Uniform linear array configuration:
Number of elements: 32
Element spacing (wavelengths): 0.5
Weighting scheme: cosine
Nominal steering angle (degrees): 60
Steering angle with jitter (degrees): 60.856
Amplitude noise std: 0.05
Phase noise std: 0.05

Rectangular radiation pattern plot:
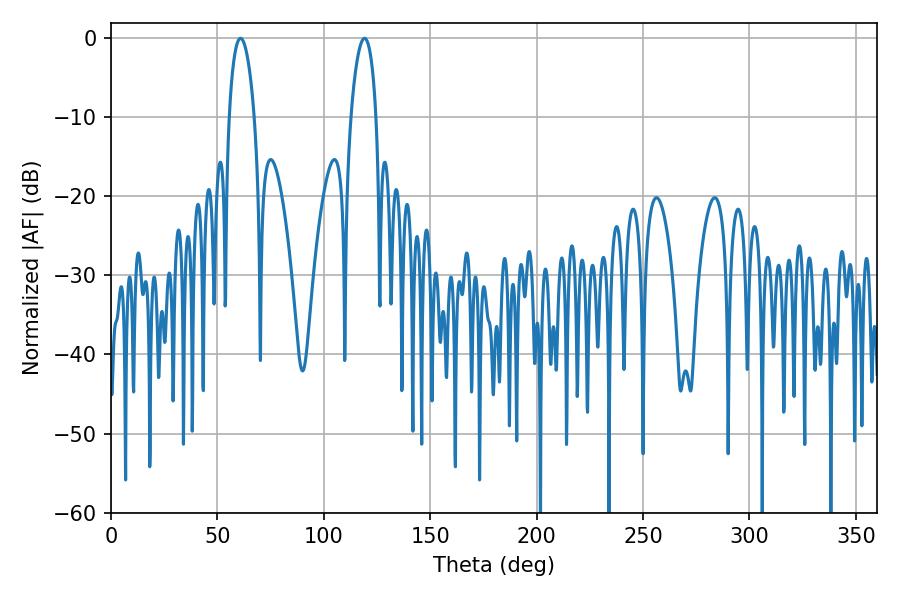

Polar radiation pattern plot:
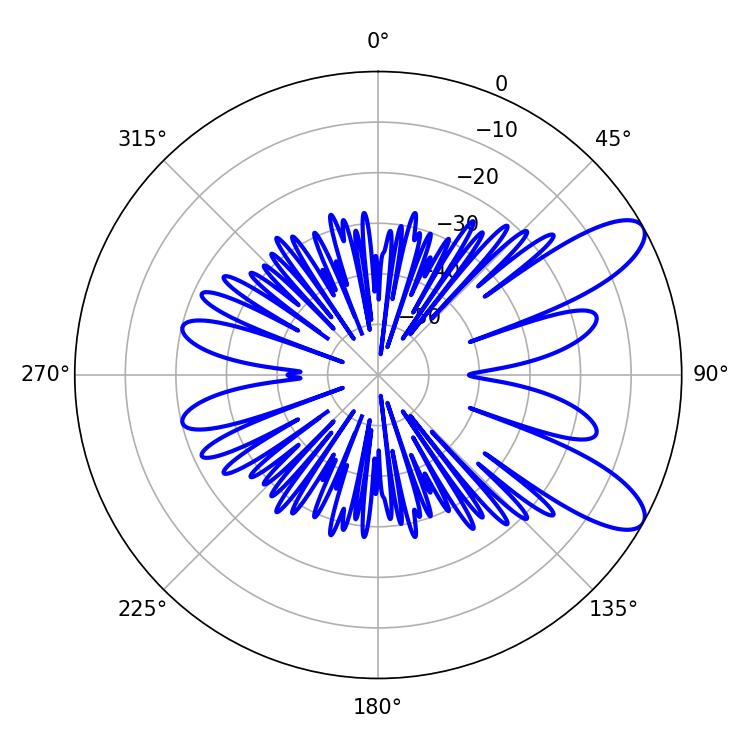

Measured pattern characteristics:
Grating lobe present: FALSE
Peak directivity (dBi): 9.535
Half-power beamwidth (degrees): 6.66
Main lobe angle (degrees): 60.84